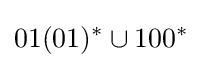
01(01)^{*}\cup 100^{*}